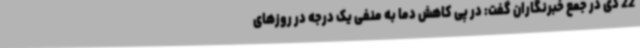
22 دی در جمع خبرنگاران گفت: در پی کاهش دما به منفی یک درجه در روزهای